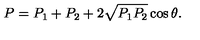
P = P _ { 1 } + P _ { 2 } + 2 \sqrt { P _ { 1 } P _ { 2 } } \cos \theta .